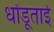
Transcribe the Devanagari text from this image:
धोंडूताई